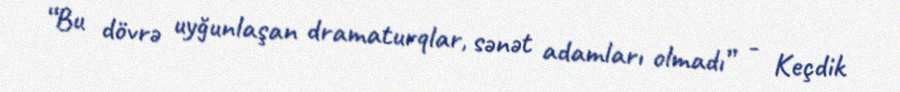
“Bu dövrə uyğunlaşan dramaturqlar, sənət adamları olmadı” - Keçdik